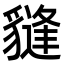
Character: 𧴂